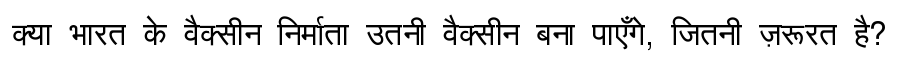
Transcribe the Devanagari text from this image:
क्या भारत के वैक्सीन निर्माता उतनी वैक्सीन बना पाएँगे, जितनी ज़रूरत है?